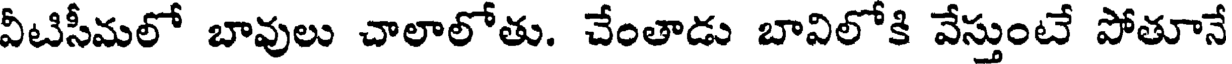
వీటిసీమలో బావులు చాలాలోతు. చేంతాడు బావిలోకి వేస్తుంటే పోతూనే